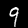
Digit: 9